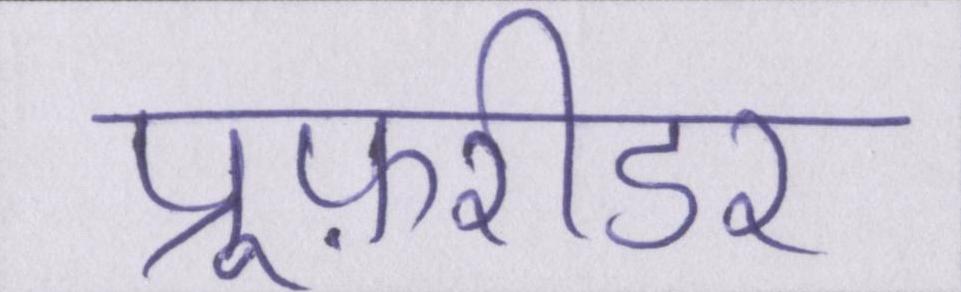
प्रूफ़रीडर